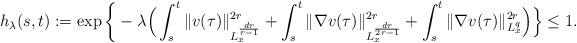
LaTeX: \begin{align*}\begin{aligned}h_\lambda (s,t):= \exp\bigg\{&-\lambda\Big( \int_s^t \| v(\tau)\|_{L^{\frac{dr}{r-1}}_x}^{2r} + \int_s^t \| \nabla v(\tau)\|_{L^{\frac{dr}{2r-1}}_x}^{2r}+ \int_s^t \| \nabla v(\tau)\|_{L^{q}_x}^{2r}\Big)\Big\}\leq 1.\end{aligned}\end{align*}